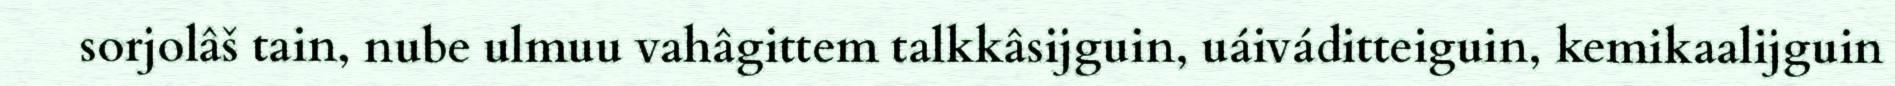
sorjolâš tain, nube ulmuu vahâgittem talkkâsijguin, uáiváditteiguin, kemikaalijguin